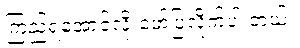
ကြည့်ရအောင်လို့ ဖော်ပြလိုက်ပါ တယ်။